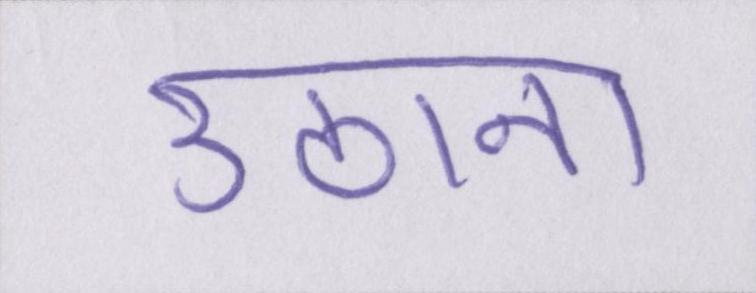
उठाना